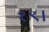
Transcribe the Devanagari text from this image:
१९।